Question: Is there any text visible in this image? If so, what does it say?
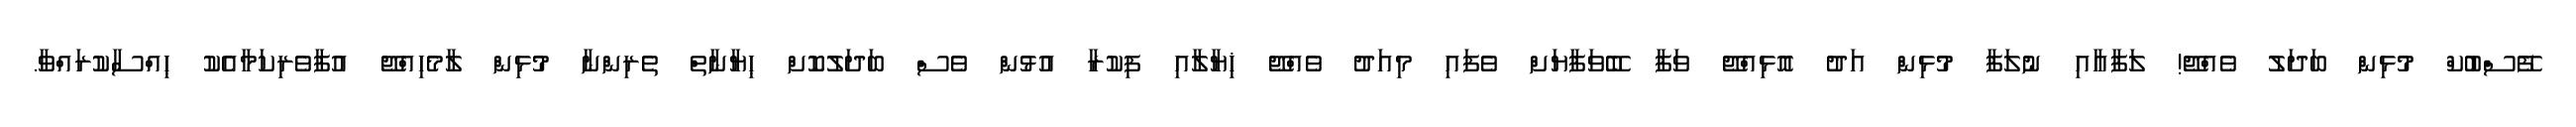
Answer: ފޭސްބުކް މުޅިން ބަދަލު ވެއްޖޭ! ލަފާއާއި ނުލަފާ މުޅިން އަދު އޮޅިއްޖޭ ވަފާ ބޭވަފާޔަށް ވެފައި މިއަދު ވެއްޖޭ ޚިޔާލާއި ފިކުރާ އުޅުން ވެސް ބަދަލުކޮށް ޙިޔާނާތް ތެރިންނާ މުޅިން ލާމެހިއްޖޭ އުފާވެރިކަމާއެކު ޙިއްސާކުރައްވާ.